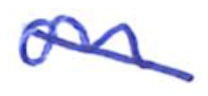
Text: on
Cross-out: diagonal
Writing tool: ballpoint